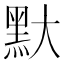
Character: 𪐝